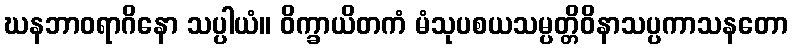
ဃနဘာဝရာဂိနော သပ္ပါယံ။ ဝိက္ခာယိတကံ မံသုပစယသမ္ပတ္တိဝိနာသပ္ပကာသနတော